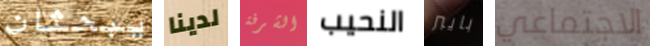
يبحثان لدينا الشرفة النحيب بايبر الاجتماعي